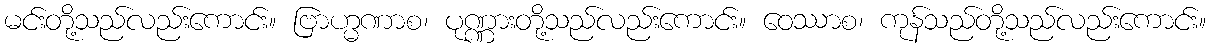
မင်းတို့သည်လည်းကောင်း။ ဗြာဟ္မဏာစ၊ ပုဏ္ဏားတို့သည်လည်းကောင်း။ ဝေဿာစ၊ ကုန်သည်တို့သည်လည်းကောင်း။